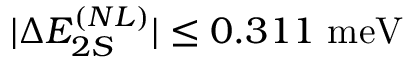
| \Delta E _ { 2 S } ^ { ( N L ) } | \leq 0 . 3 1 1 \ \mathrm { m e V }